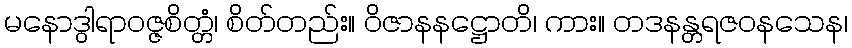
မနောဒွါရာဝဇ္ဇစိတ္တံ၊ စိတ်တည်း။ ဝိဇာနနဋ္ဌောတိ၊ ကား။ တဒနန္တရဇဝနသေန၊